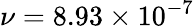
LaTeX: \nu=8.93\times 10^{-7}